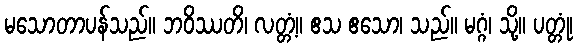
မသောတာပန်သည်။ ဘဝိဿတိ၊ လတ္တံ့။ ဧသ ဧသော၊ သည်။ မဂ္ဂံ၊ သို့။ ပတ္တုံ၊